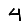
Digit: 4